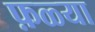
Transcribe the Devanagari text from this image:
फ़ळ्या